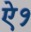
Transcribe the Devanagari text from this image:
ऐ१